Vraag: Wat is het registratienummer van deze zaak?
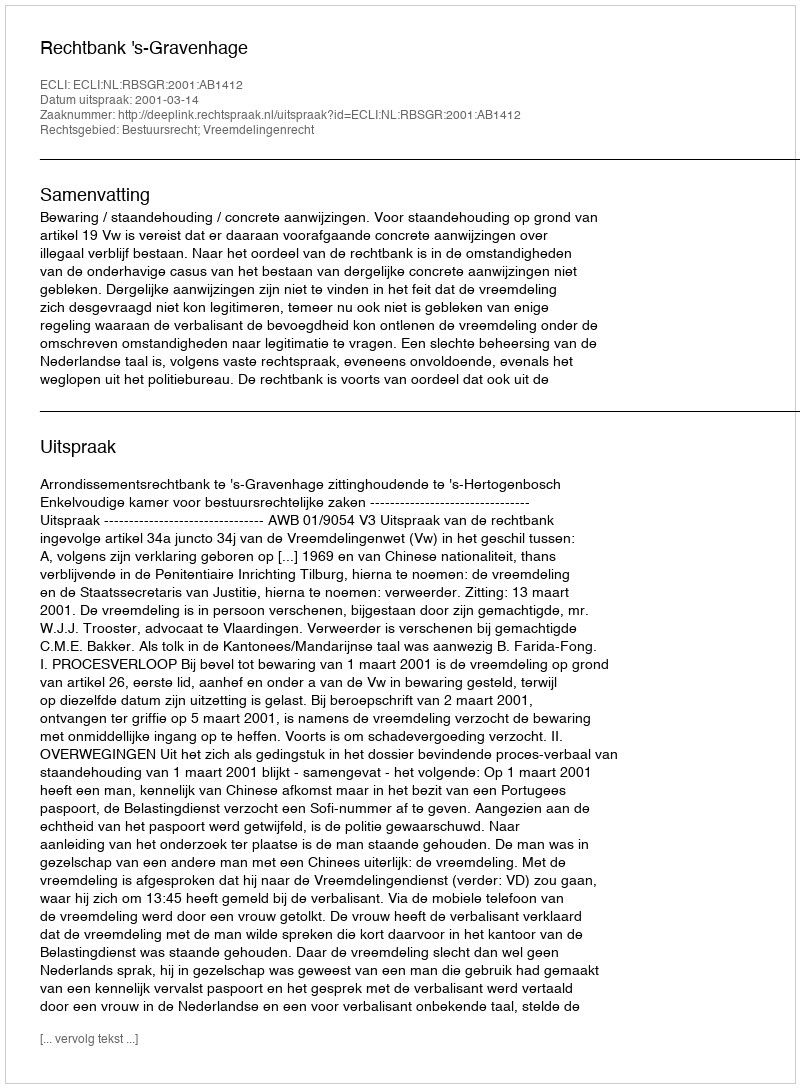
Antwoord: http://deeplink.rechtspraak.nl/uitspraak?id=ECLI:NL:RBSGR:2001:AB1412